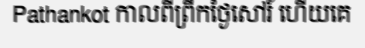
Pathankot កាលពីព្រឹកថ្ងៃសៅរ៍ ហើយគេ